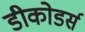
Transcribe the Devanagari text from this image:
डीकोडर्स